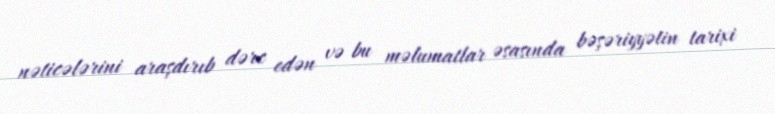
nəticələrini araşdırıb dərc edən və bu məlumatlar əsasında bəşəriyyətin tarixi